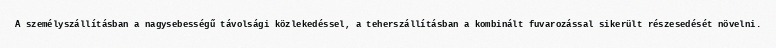
A személyszállításban a nagysebességű távolsági közlekedéssel, a teherszállításban a kombinált fuvarozással sikerült részesedését növelni.